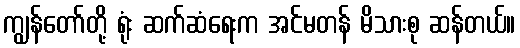
ကျွန်တော်တို့ ရုံး ဆက်ဆံရေးက အင်မတန် မိသားစု ဆန်တယ်။